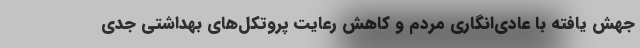
جهش یافته با عادی‌انگاری مردم و کاهش رعایت پروتکل‌های بهداشتی جدی